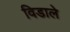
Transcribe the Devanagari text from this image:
विडाले